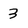
Character: 3